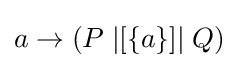
a\to (P\;|[\{a\}]|\;Q)